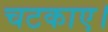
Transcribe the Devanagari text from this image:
चटकाए।